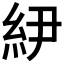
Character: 𰫝